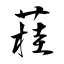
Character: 蓕